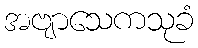
အဗျာသေကသုခံ